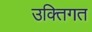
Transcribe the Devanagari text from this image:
उक्तिगत